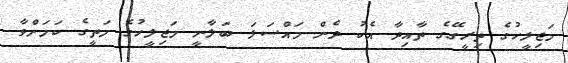
މަޖިލީހުގެ ތިރީގޭގެ ތާއިދާ އެކު ދެން މައްސަލަ ބަލާނީ މަޖިލީހުގެ މަތީގެ ކަމަށްވާ